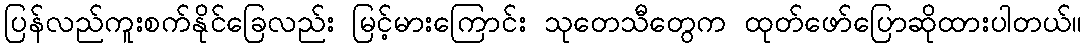
ပြန်လည်ကူးစက်နိုင်ခြေလည်း မြင့်မားကြောင်း သုတေသီတွေက ထုတ်ဖော်ပြောဆိုထားပါတယ်။